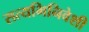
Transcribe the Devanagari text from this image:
सत्यभिनिवेशी